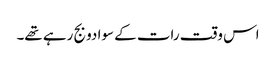
اس وقت رات کے سوا دو بج رہے تھے۔